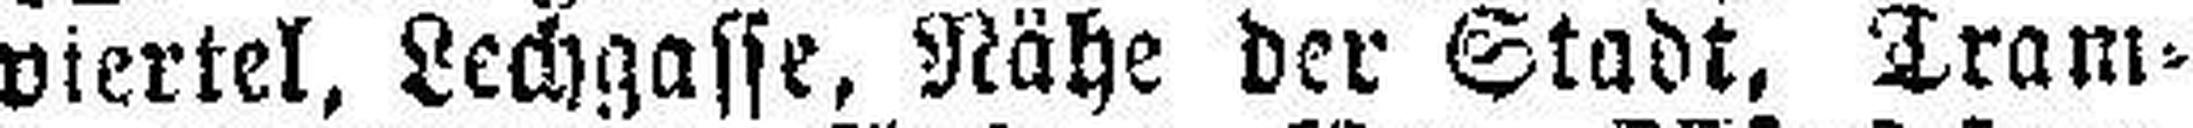
viertel, Lechgasse, Nähe der Stadt, Tram¬